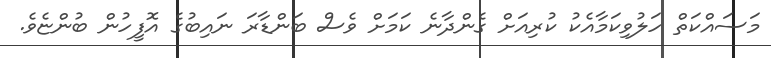
މަސައްކަތް ހަލުވިކަމާއެކު ކުރިއަށް ގެންދާނެ ކަމަށް ވެސް ބަންޑާރަ ނައިބުގެ އޮފީހުން ބުންޏެވެ.